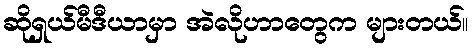
ဆိုရှယ်မီဒီယာမှာ အဲလိုဟာတွေက များတယ်။